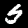
Label: 5